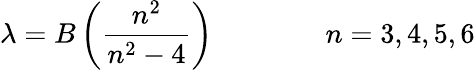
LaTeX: \lambda=B\left({\frac{n^{2}}{n^{2}-4}}\right)\qquad\qquad n=3,4,5,6